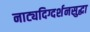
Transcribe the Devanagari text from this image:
नाट्यदिग्दर्शनसुद्धा